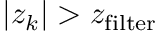
| z _ { k } | > z _ { \mathrm { f i l t e r } }